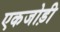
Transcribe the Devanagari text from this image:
एकजोड़ी